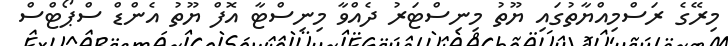
މިރޭގެ ރަސްމިއްޔާތުގައި ޔޫތު މިނިސްޓަރު ދެއްވާ މިނިސްޓާ އޮފް ޔޫތު އެންޑް ސްޕޯޓްސް